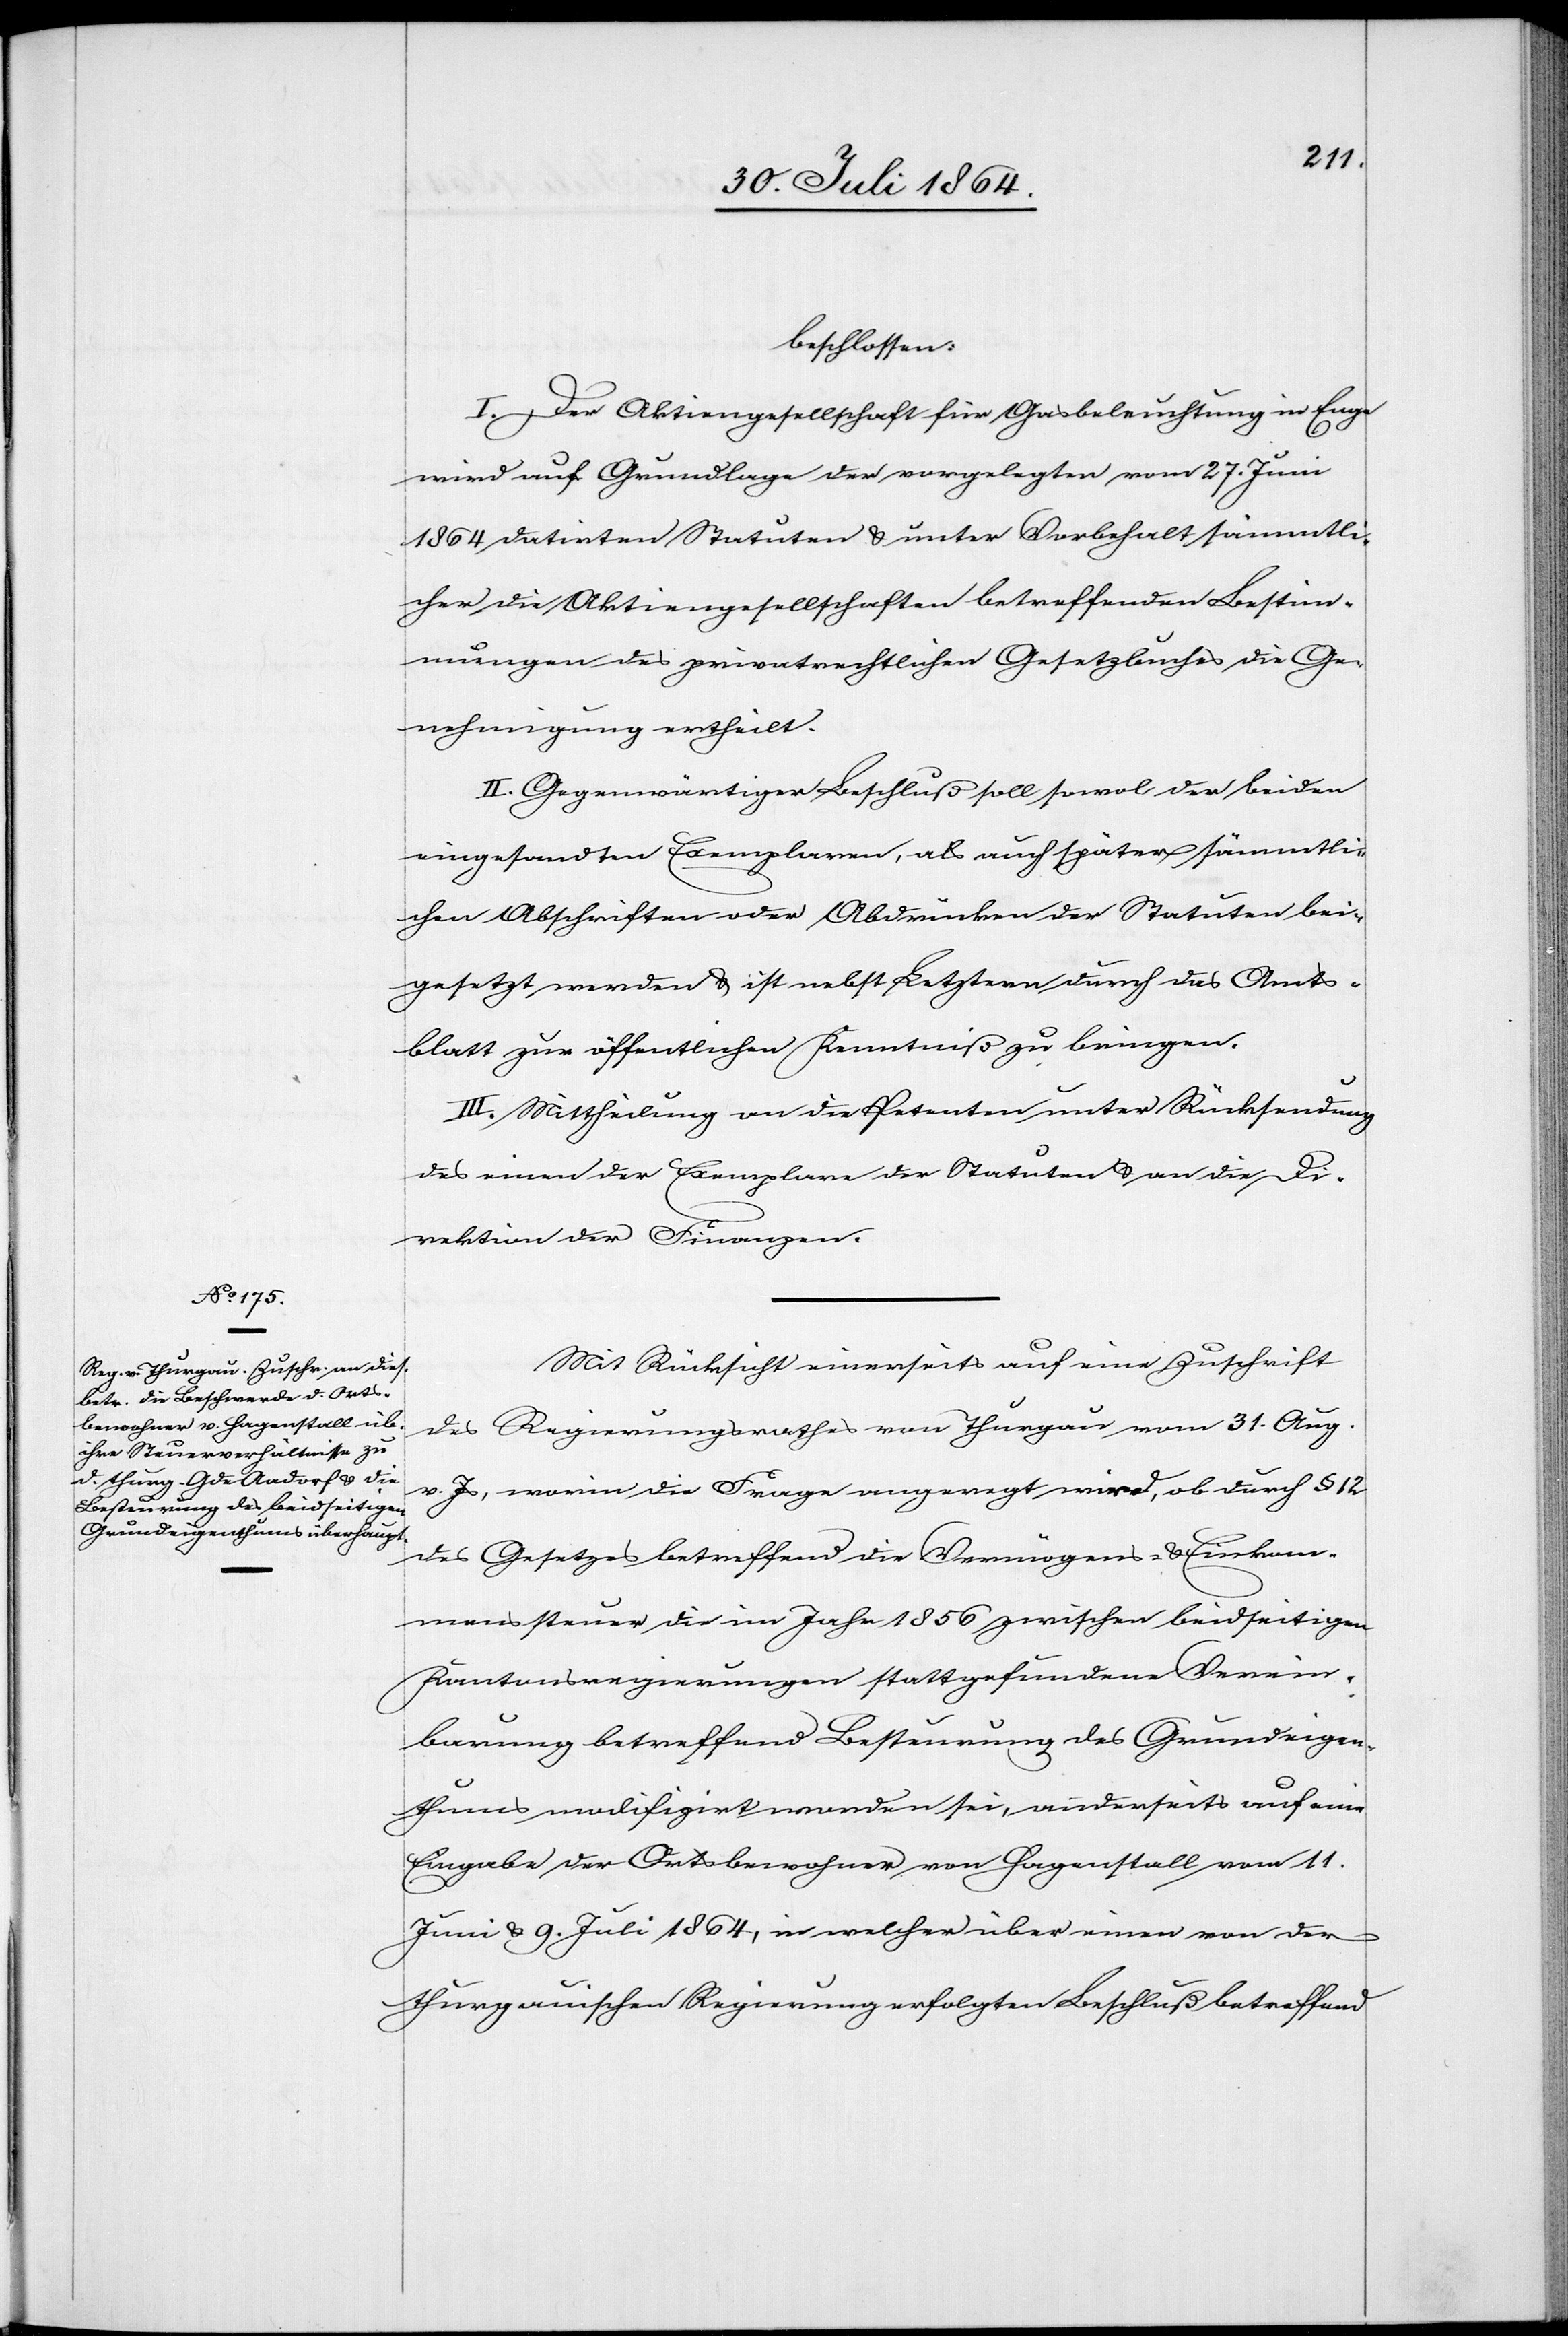
beschlossen:
I. Der Aktiengesellschaft für Gasbeleuchtung in Enge
wird auf Grundlage der vorgelegten vom 27 Juni
1864 datirten Statuten & unter Vorbehalt sämmtli¬
cher die Aktiengesellschaft betreffenden Bestim¬
mungen des privatrechtlichen Gesetzbuches die Ge¬
nehmigung ertheilt.
II. Gegenwärtiger Beschluß soll sowol der [sic!] beiden
eingesandten Exemplaren, als auch später sämmtli¬
chen Abschriften oder Abdrucken der Statuten bei¬
gesetzt werden & ist nebst Letztern durch das Amts¬
blatt zur öffentlichen Kenntniß zu bringen.
III. Mittheilung an die Petenten unter Rücksendung
des einen der Exemplare der Statuten & an die Di¬
rektion der Finanzen.
Mit Rücksicht einerseits auf eine Zuschrift
des Regierungsrathes von Thurgau vom 31. Aug.
v. Js., worin die Frage angeregt wird, ob durch § 12
des Gesetzes betreffend die Vermögens- & Einkom¬
menssteuer die im Jahr 1856 zwischen beidseitigen
Kantonsregierungen stattgefundene Verein¬
barung betreffend Bestellung des Grundeigen¬
thums modifizirt worden sei, anderseits auf eine
Eingabe der Ortsbewohner von Hagenstall vom 11.
Juni & 9. Juli 1864, in welcher über einen von der
thurgauischen Regierung erfolgten Beschluß betreffend